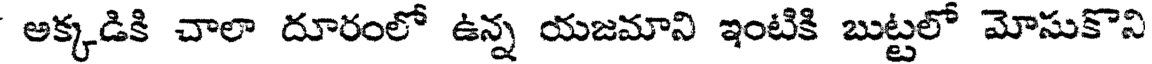
అక్కడికి చాలా దూరంలో ఉన్న యజమాని ఇంటికి బుట్టలో మోసుకొని